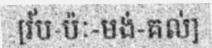
[វ័ប-ប៉ៈ-មង់-គល់]